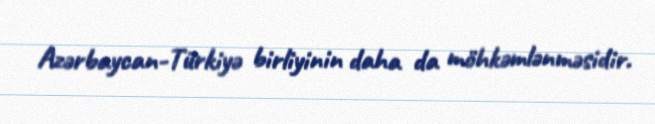
Azərbaycan-Türkiyə birliyinin daha da möhkəmlənməsidir.